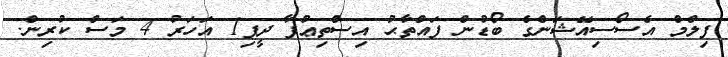
ފިލްމް އެސޯސިއޭޝަންގެ ބޯޑުން ފައްތާޙު އިސްތިޢުފާ ދީފި1 އަހަރު 4 މަސް ކުރިން.